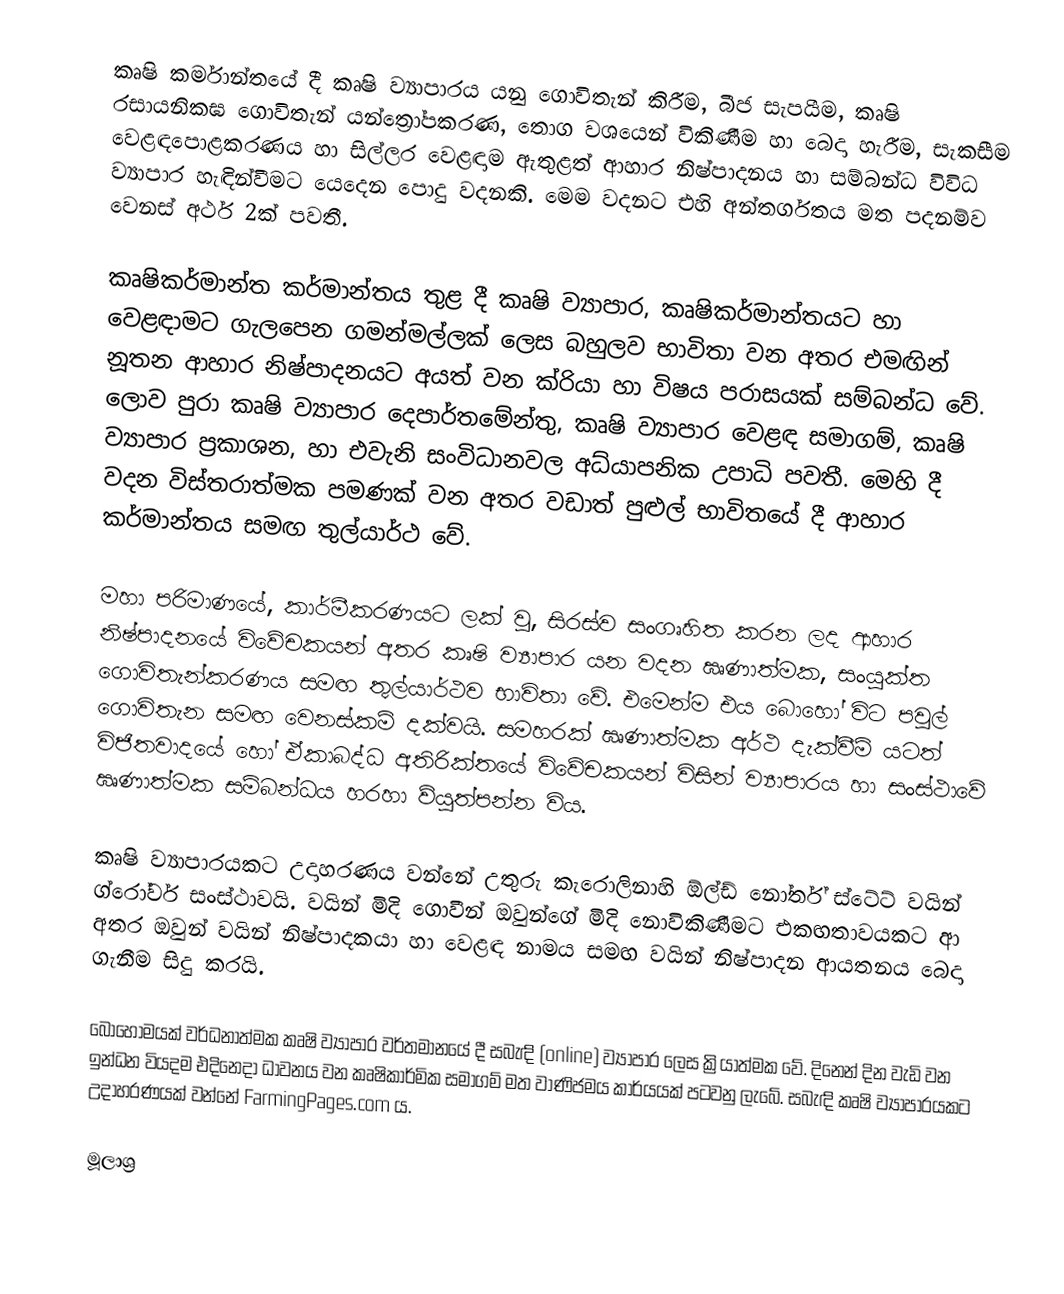
කෘෂි කර්මාන්තයේ දී කෘෂි ව්‍යාපාරය යනු ගොවිතැන් කිරීම, බීජ සැපයීම, කෘෂි රසායනිකඝ ගොවිතැන් යන්ත්‍රෝපකරණ, තොග වශයෙන් විකිණීම හා බෙදා හැරීම, සැකසීම වෙළඳපොළකරණය හා සිල්ලර වෙළඳාම ඇතුළත් ආහාර නිෂ්පාදනය හා සම්බන්ධ විවිධ ව්‍යාපාර හැඳින්වීමට යෙදෙන පොදු වදනකි. මෙම වදනට එහි අන්තර්ගතය මත පදනම්ව වෙනස් අර්ථ 2ක් පවතී.

කෘෂිකර්මාන්ත කර්මාන්තය තුළ දී කෘෂි ව්‍යාපාර, කෘෂිකර්මාන්තයට හා වෙළඳාමට ගැලපෙන ගමන්මල්ලක් ලෙස බහුලව භාවිතා වන අතර එමඟින් නූතන ආහාර නිෂ්පාදනයට අයත් වන ක්රියා හා විෂය පරාසයක් සම්බන්ධ වේ. ලොව පුරා කෘෂි ව්‍යාපාර දෙපාර්තමේන්තු, කෘෂි ව්‍යාපාර වෙළඳ සමාගම්, කෘෂි ව්‍යාපාර ප්‍රකාශන, හා එවැනි සංවිධානවල අධ්යාපනික උපාධි පවතී. මෙහි දී වදන විස්තරාත්මක පමණක් වන අතර වඩාත් පුළුල් භාවිතයේ දී ආහාර කර්මාන්තය සමඟ තුල්යාර්ථ වේ.

මහා පරිමාණයේ, කාර්මීකරණයට ලක් වූ, සිරස්ව සංගෘහිත කරන ලද ආහාර නිෂ්පාදනයේ විවේචකයන් අතර කෘෂි ව්‍යාපාර යන වදන ඍණාත්මක, සංයුක්ත ගොවිතැන්කරණය සමඟ තුල්යාර්ථව භාවිතා වේ. එමෙන්ම එය බොහෝ විට පවුල් ගොවිතැන සමඟ වෙනස්කම් දක්වයි. සමහරක් ඍණාත්මක අර්ථ දැක්වීම් යටත් විජිතවාදයේ හෝ ඒකාබද්ධ අතිරික්තයේ විවේචකයන් විසින් ව්‍යාපාරය හා සංස්ථාවේ ඍණාත්මක සම්බන්ධය හරහා ව්යුත්පන්න විය.

කෘෂි ව්‍යාපාරයකට උදාහරණය වන්නේ උතුරු කැරොලිනාහි ඕල්ඩ් නෝර්ත් ස්ටේට් වයින් ග්රෝවර් සංස්ථාවයි. වයින් මිදි ගොවීන් ඔවුන්ගේ මිදි නොවිකිණීමට එකඟතාවයකට ආ අතර ඔවුන් වයින් නිෂ්පාදකයා හා වෙළඳ නාමය සමඟ වයින් නිෂ්පාදන ආයතනය බෙදා ගැනීම සිදු කරයි.

බොහොමයක් වර්ධනාත්මක කෘෂි ව්‍යාපාර වර්තමානයේ දී සබැඳි (online) ව්‍යාපාර ලෙස ක්‍රියාත්මක වේ. දිනෙන් දින වැඩි වන ඉන්ධන වියදම එදිනෙදා ධාවනය වන කෘෂිකාර්මික සමාගම් මත වාණිජමය කාර්යයක් පටවනු ලැබේ. සබැඳි කෘෂි ව්‍යාපාරයකට උදාහරණයක් වන්නේ FarmingPages.com ය.

මූලාශ්‍ර